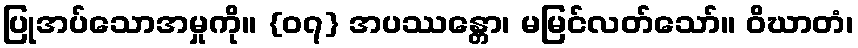
ပြုအပ်သောအမှုကို။ {၀၇} အပဿန္တော၊ မမြင်လတ်သော်။ ဝိဃာတံ၊